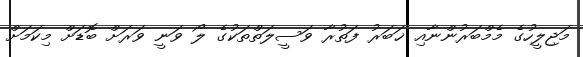
މަޖިލީހުގެ މެމްބަރުންނާއި ޚަބަރު ފަތުރާ ވަސީލަތްތަކުގެ ލޯ ވަނީ ވަރަށް ބޮޑަށް މިކަމަށް